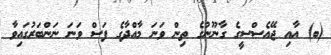
(ބ) އާއި ޖޭއެސްސީގެ ގާނޫނުގެ ތިން ވަނަ މާއްދާގެ ފަސް ވަނަ ނަންބަރުގައިވާ